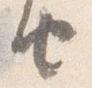
由